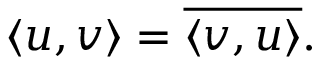
\langle u , v \rangle = { \overline { { \langle v , u \rangle } } } .